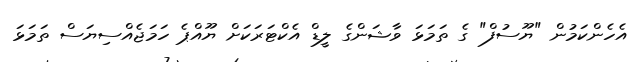
އެހެންކަމުން "ޔޫސުފް" ގެ ތަމަޅަ ވާޝަންގެ ލީޑް އެކްޓަރަކަށް ޔޫއްޕެ ހަމަޖެއްސިޔަސް ތަމަޅަ